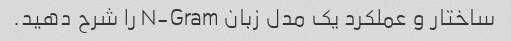
ساختار و عملکرد یک مدل زبان N-Gram را شرح دهید.